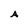
Character: A